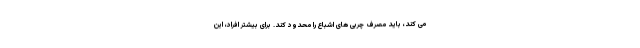
می کند، باید مصرف چربی های اشباع را محدود کند. برای بیشتر افراد، این